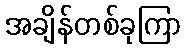
အချိန်တစ်ခုကြာ